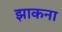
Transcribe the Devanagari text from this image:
झाकना